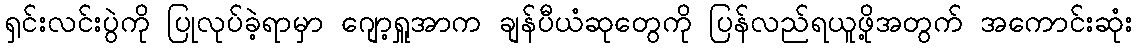
ရှင်းလင်းပွဲကို ပြုလုပ်ခဲ့ရာမှာ ဂျော့ရှူအာက ချန်ပီယံဆုတွေကို ပြန်လည်ရယူဖို့အတွက် အကောင်းဆုံး